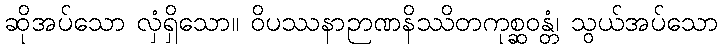
ဆိုအပ်သော လှံရှိသော။ ဝိပဿနာဉာဏနိဿိတကုစ္ဆဝန္တံ၊ သွယ်အပ်သော